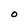
Character: 0